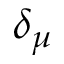
\delta _ { \mu }